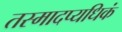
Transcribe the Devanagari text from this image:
तस्मादप्यधिकं